Civil Veterinary Department. Madras. Admin. report 1910-25 - 1910-1925
Year: 1910
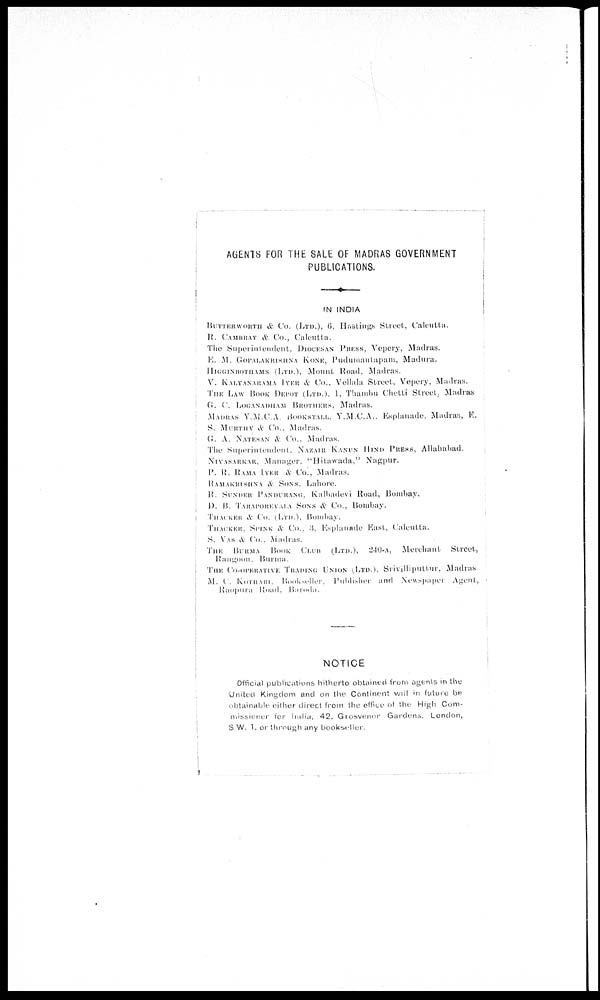
AGENTS FOR THE SALE OF MADRAS GOVERNMENT
PUBLICATIONS.
IN INDIA
BUTTERWORTH & Co. (LTD.), 6, Hastings Street, Calcutta.
R. CAMBRAY & Co., Calcutta.
The Superintendent, DIOCESAN PRESS, Vepery, Madras.
10. M. GOPALKRISHNA KONE, Pudumantapam, Madura.
HIGGINBOTHAMS (LTD.), Mount Road, Madras.
V. KALYANARAMA IYER & Co., Vellala Street, Vepery, Madras.
THE LAW BOOK DEPOT (LTD.). 1, Thambu Chetti Street, Madras.
G. C. LOGANADHAM BROTHERS, Madras.
MADRAS Y.M.C.A. BOOKSTALL, Y.M.C.A., Esplanade, Madras, E.
S. MURTHY & Co., Madras.
G. A. NATESON & Co., Madras.
The Superintendent. NAZAIR KANUN HIND PRESS, Allahabad.
NIVASARKAR, Manager, "Hitawada," Nagpur.
P. R. RAMA LYER & Co., Madras.
RAMAKRISHNA & SONS. Lahore.
R. SUNDER PANURANG, Kalhadevi Road, Bombay.
D. B. TARAPOREVALA SONS & Co., Bombay.
THACKER & Co. (LTD.), Bombay.
THACKER, SPINK & Co., .3, Esplanade East, Calcutta.
S. VAS & Co., Madias.
THE BURMA BOOK CLUB (LTD.), 240-A, Merchant
Street,
Rangoon, Burma.
THE CO-OPERATIVE TRADING UNION (LTD.), Srivilliputtur, Madras
M. C. KOTHARI. Bookseller, Publisher and Newspaper Agent,
Raopura Road, Baroda.
NOTICE
Official publications hitherto obtained from agents in the
United Kingdom and on the Continent will in future be
obtainable either direct from the office of the High Com-
missioner for India, 42, Grosvenor Gardens, London,
S.W. 1, or through any bookseller.